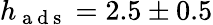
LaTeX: h_{\mathrm{~a~d~s~}}=2.5\pm 0.5